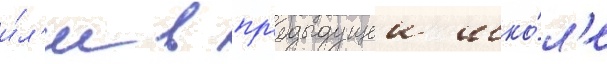
и́л'и в пр'едыдущеи шко́л'е